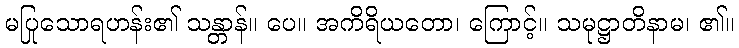
မပြုသောရဟန်း၏ သန္တာန်။ ပေ။ အကိရိယတော၊ ကြောင့်။ သမုဋ္ဌာတိနာမ၊ ၏။